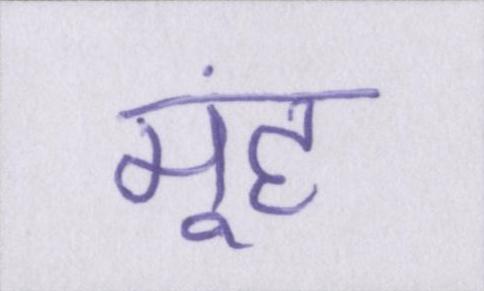
मूंह